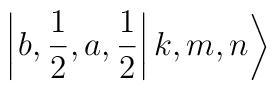
\left| \left. b,\frac{1}{2},a,\frac{1}{2}\right| k,m,n\right\rangle